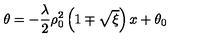
\theta = - \frac { \lambda } { 2 } \rho _ { 0 } ^ { 2 } \left( 1 \mp \sqrt { \xi } \right) x + \theta _ { 0 }